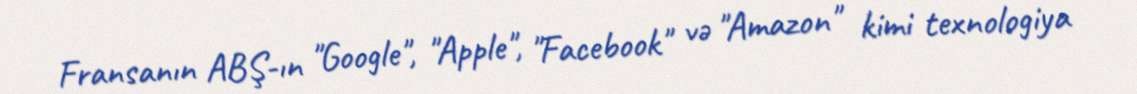
Fransanın ABŞ-ın "Google", "Apple", "Facebook" və "Amazon" kimi texnologiya